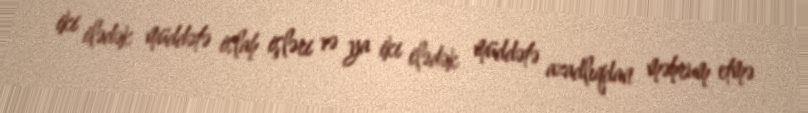
iki ilədək müddətə islah işləri və ya iki ilədək müddətə azadlıqdan məhrum etmə